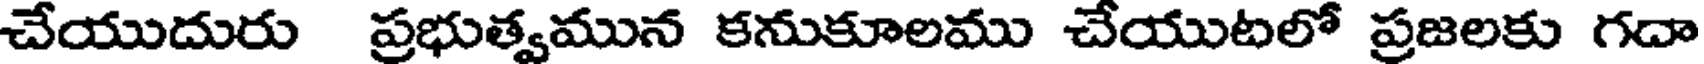
చేయుదురు ప్రభుత్వమున కనుకూలము చేయుటలో ప్రజలకు గదా